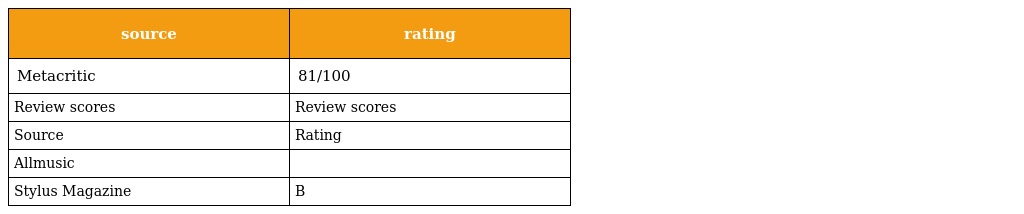
| source | rating |
 | --- | --- |
 | Metacritic | 81/100 |
 | Review scores | Review scores |
 | Source | Rating |
 | Allmusic |  |
 | Stylus Magazine | B |